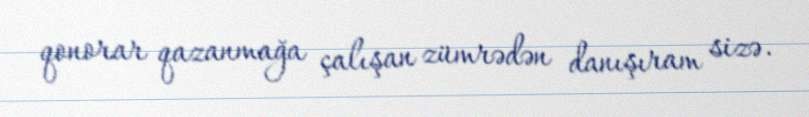
qonorar qazanmağa çalışan zümrədən danışıram sizə.